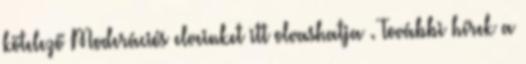
kötelező Moderációs elveinket itt olvashatja . További hírek a